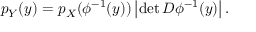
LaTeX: p _ { Y } ( y ) = p _ { X } ( \phi ^ { - 1 } ( y ) ) \left| \operatorname* { d e t } D \phi ^ { - 1 } ( y ) \right| .